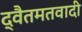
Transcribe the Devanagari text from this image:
द्वैतमतवादी